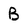
Character: B